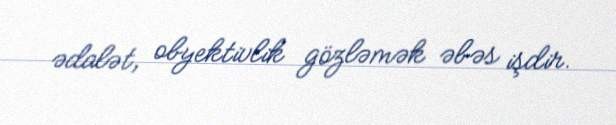
ədalət, obyektivlik gözləmək əbəs işdir.